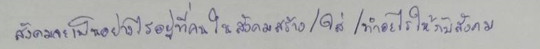
สังคมจะเป็นอย่างไรอยู่ที่คนในสังคมสร้าง/ใส่/ทำอะไรให้กับสังคม